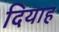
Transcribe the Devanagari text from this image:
दियाह